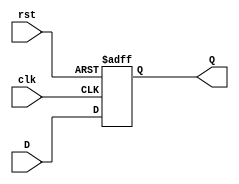
module stage_register (
    input wire clk,      // Clock input
    input wire rst,      // Reset input (asynchronous)
    input wire [N-1:0] D, // Data input (N bits wide)
    output reg [N-1:0] Q  // Data output (N bits wide)
);
    parameter N = 8; // Define the width of the register (default is 8 bits)

    // Always block to handle the sequential logic
    always @(posedge clk or posedge rst) begin
        if (rst) begin
            Q <= {N{1'b0}}; // Reset Q to 0 (N bits wide)
        end else begin
            Q <= D; // Capture the input data D on clock edge
        end
    end
endmodule